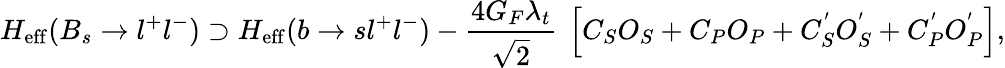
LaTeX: H_{\mathrm{eff}}(B_{s}\rightarrow l^{+}l^{-})\supset H_{\mathrm{eff}}(b\rightarrow sl^{+}l^{-})-{\frac{4G_{F}\lambda_{t}}{\sqrt{2}}}~\left[C_{S}O_{S}+C_{P}O_{P}+C_{S}^{'}O_{S}^{'}+C_{P}^{'}O_{P}^{'}\right],